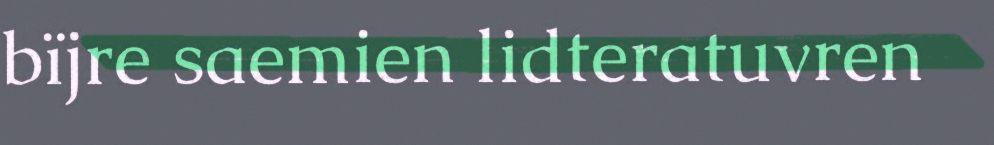
bïjre saemien lidteratuvren